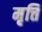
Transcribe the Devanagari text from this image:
मृत्ति